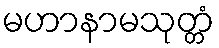
မဟာနာမသုတ္တံ